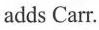
adds Carr.